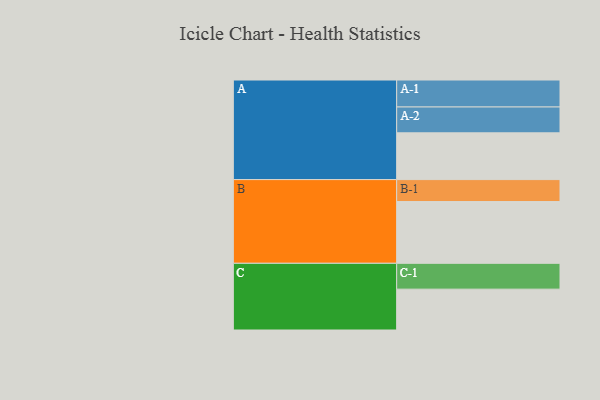
{"axis": {"x": "Segment", "y": "Value"}, "legend": ["", "A", "B", "C"], "data": [{"x": "A", "y": 418, "type": ""}, {"x": "B", "y": 552, "type": ""}, {"x": "C", "y": 365, "type": ""}, {"x": "A-1", "y": 241, "type": "A"}, {"x": "A-2", "y": 231, "type": "A"}, {"x": "B-1", "y": 196, "type": "B"}, {"x": "C-1", "y": 231, "type": "C"}]}